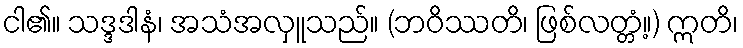
ငါ၏။ သဒ္ဒဒါနံ၊ အသံအလှူသည်။ (ဘဝိဿတိ၊ ဖြစ်လတ္တံ့။) ဣတိ၊